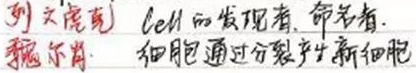
列文虎克：cell的发现者、命名者。魏尔肖：细胞通过分裂产生新细胞